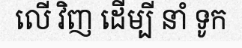
លើ វិញ ដើម្បី នាំ ទូក